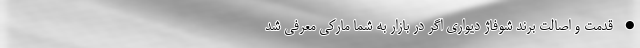
• قدمت و اصالت برند شوفاژ دیواری اگر در بازار به شما مارکی معرفی شد